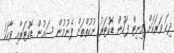
ދިހަ ވަރަކަށް މިނިޓް ފަހުން ޑޮކުޓަރު ނުކުތްތަން ފެނުމުން ސައުން ޑޮކުޓަރާއި ވާހަކަ